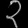
Digit: ၃